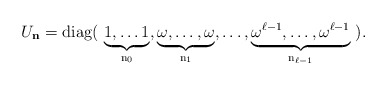
\begin{align*}U_{\bf n} = \rm{diag}(\ \underbrace{1, \ldots 1}_{n_0}, \underbrace{\omega, \ldots, \omega}_{n_1}, \ldots, \underbrace{\omega^{\ell-1}, \ldots, \omega^{\ell-1}}_{n_{\ell-1}}\ ).\end{align*}